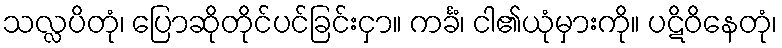
သလ္လပိတုံ၊ ပြောဆိုတိုင်ပင်ခြင်းငှာ။ ကင်္ခံ၊ ငါ၏ယုံမှားကို။ ပဋိဝိနေတုံ၊